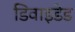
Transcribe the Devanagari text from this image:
डिवाइडेड